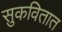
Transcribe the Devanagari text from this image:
सुकवितात